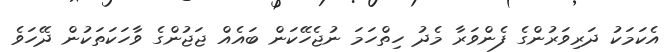
އެކަމަކު ދަރިވަރުންގެ ފެންވަރާ މެދު ހިތްހަމަ ނުޖެހޭކަން ބައެއް ޖަޖުންގެ ވާހަކަތަކުން ދޭހަވެ